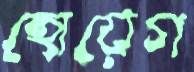
হোয়েগ